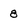
Character: 8